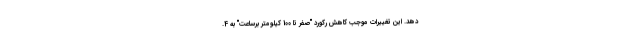
دهد. این تغییرات موجب کاهش رکورد "صفر تا 100 کیلومتر برساعت" به 4.